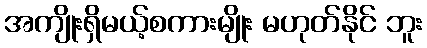
အကျိုးရှိမယ့်စကားမျိုး မဟုတ်နိုင် ဘူး